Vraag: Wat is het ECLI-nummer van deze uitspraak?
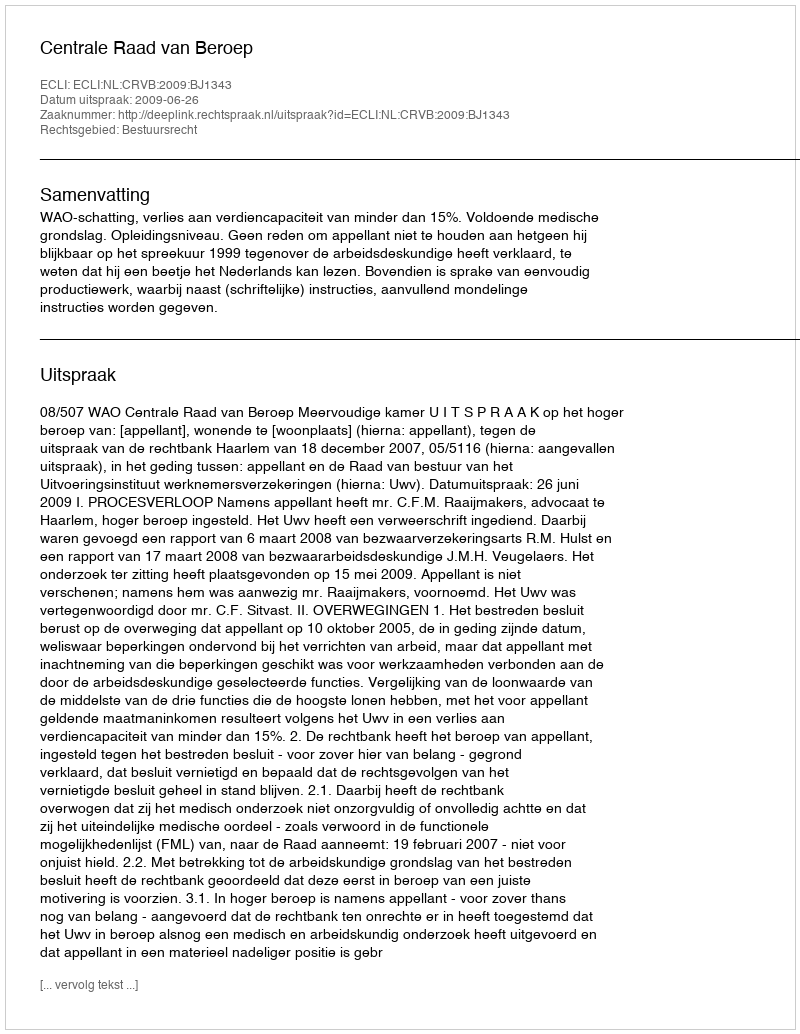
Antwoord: ECLI:NL:CRVB:2009:BJ1343